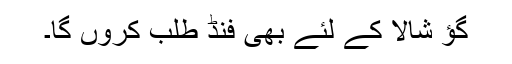
گؤ شالا کے لئے بھی فنڈ طلب کروں گا۔